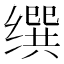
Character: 𦈝